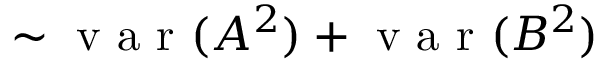
\sim \mathrm { ~ v ~ a ~ r ~ } ( A ^ { 2 } ) + \mathrm { ~ v ~ a ~ r ~ } ( B ^ { 2 } )